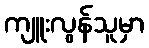
ကျူးလွန်သူမှာ